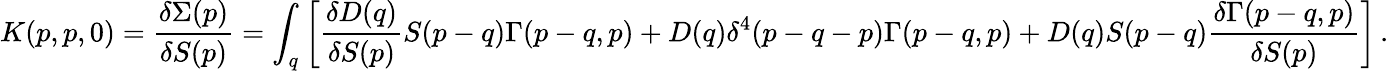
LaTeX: K(p,p,0)=\frac{\delta\Sigma(p)}{\delta S(p)}=\int_{q}\left[\frac{\delta D(q)}{\delta S(p)}S(p-q)\Gamma(p-q,p)+D(q)\delta^{4}(p-q-p)\Gamma(p-q,p)+D(q)S(p-q)\frac{\delta\Gamma(p-q,p)}{\delta S(p)}\right]\, .